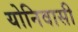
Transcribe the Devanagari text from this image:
योनिवासी